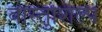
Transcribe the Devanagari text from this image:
वास्‍तुशिल्प